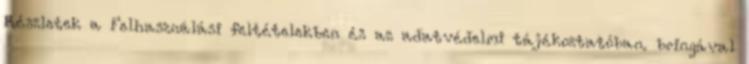
Részletek a Felhasználási feltételekben és az adatvédelmi tájékoztatóban. bringával